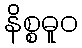
နိစ္စဓူဝ